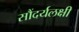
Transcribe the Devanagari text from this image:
सौंदर्यलक्षी